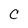
Character: c